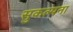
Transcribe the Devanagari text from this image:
सुकल्पना